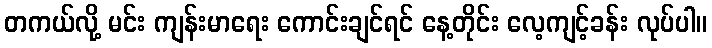
တကယ်လို့ မင်း ကျန်းမာရေး ကောင်းချင်ရင် နေ့တိုင်း လေ့ကျင့်ခန်း လုပ်ပါ။